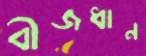
বীজধান